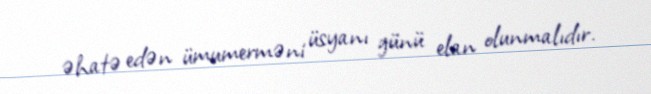
əhatə edən ümumerməni üsyanı günü elan olunmalıdır.